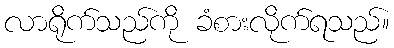
လာရိုက်သည်ကို ခံစားလိုက်ရသည်။